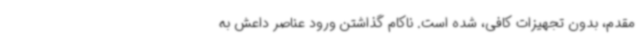
مقدم، بدون تجهیزات کافی، شده است. ناکام گذاشتن ورود عناصر داعش به